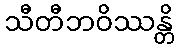
သီတီဘဝိဿန္တိ